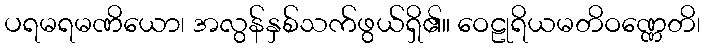
ပရမရမဏိယော၊ အလွန်နှစ်သက်ဖွယ်ရှိ၏။ ဝေဠုရိယမတိဝဏ္ဏေတိ၊